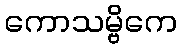
ကောသမ္ဗိကေ